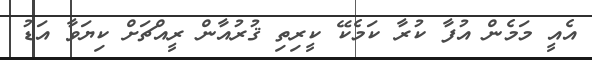
އެއީ މަމެން އުފާ ކުރާ ކަމެކޭ ކީރިތި ޤުރުއާން ރީއްޗަށް ކިޔަވާ އަޑު